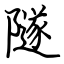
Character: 隧